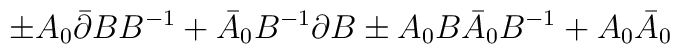
\pm  A_{0}\bar{\partial}BB^{-1} + \bar{A}_{0}B^{-1}\partial B\pm  A_{0}B\bar{A}_{0}B^{-1} + A_{0}\bar{A}_{0}